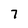
Character: 7